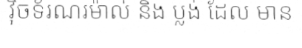
វ៉ិចទ័រណរម៉ាល់ និង ប្លង់ ដែល មាន